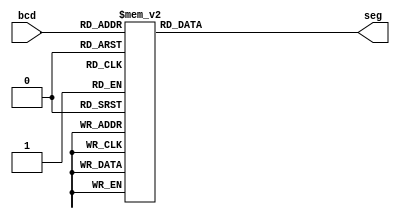
module seg_7 (bcd, seg);
 input [3:0] bcd;
 output reg [6:0] seg;
 
 always @(bcd)
 begin
 case (bcd)
 0: seg = 7'b0000001;
 1: seg = 7'b1001111;
 2: seg = 7'b0010010;
 3: seg = 7'b0000110;
 4: seg = 7'b1001100;
 5: seg = 7'b0100100;
 6: seg = 7'b0100000;
 7: seg = 7'b0001111;
 8: seg = 7'b0000000;
 9: seg = 7'b0000100;

 default: seg = 7'b1111111; 
 endcase
 end
endmodule